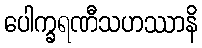
ပေါက္ခရဏီသဟဿာနိ